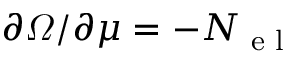
\partial \varOmega / \partial \mu = - N \sb { \textnormal { e l } }